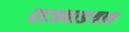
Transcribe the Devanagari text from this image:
राजवाडयात